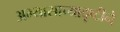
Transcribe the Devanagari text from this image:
अभ्यासाच्यादृष्टीने